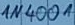
Text: 1N4001